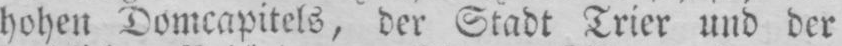
hohen Domcapitels, der Stadt Trier und der